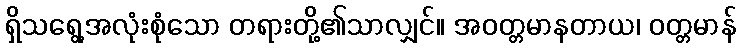
ရှိသရွေ့အလုံးစုံသော တရားတို့၏သာလျှင်။ အဝတ္တမာနတာယ၊ ဝတ္တမာန်